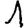
Digit: 1